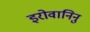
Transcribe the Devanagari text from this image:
इरोवानिनु